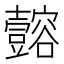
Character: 𫯈